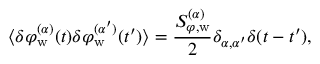
\langle \delta \varphi _ { \mathrm { w } } ^ { ( \alpha ) } ( t ) \delta \varphi _ { \mathrm { w } } ^ { ( \alpha ^ { \prime } ) } ( t ^ { \prime } ) \rangle = \frac { S _ { \varphi , \mathrm { w } } ^ { ( \alpha ) } } { 2 } \delta _ { \alpha , \alpha ^ { \prime } } \delta ( t - t ^ { \prime } ) ,